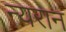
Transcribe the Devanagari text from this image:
न्यरान